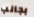
بجانب